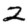
Digit: 2